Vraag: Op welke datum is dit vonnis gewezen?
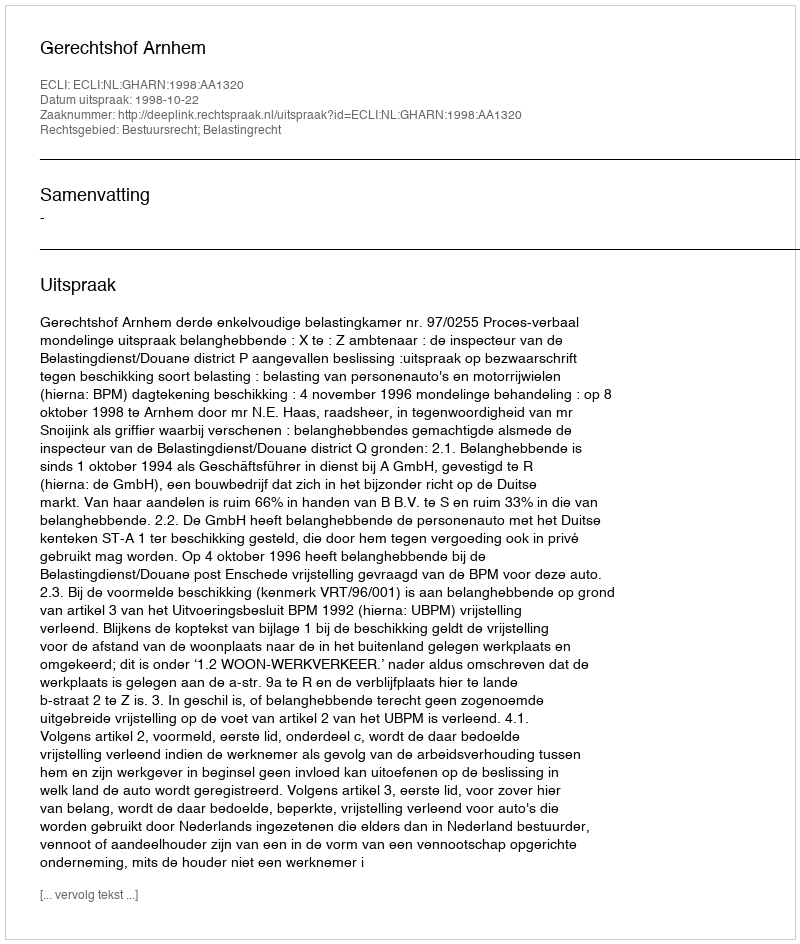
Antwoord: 1998-10-22